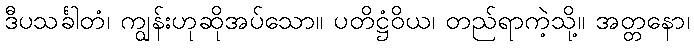
ဒီပသင်္ခါတံ၊ ကျွန်းဟုဆိုအပ်သော။ ပတိဋ္ဌံဝိယ၊ တည်ရာကဲ့သို့။ အတ္တနော၊